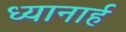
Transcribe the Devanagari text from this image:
ध्यानार्ह